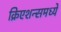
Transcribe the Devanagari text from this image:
क्रिएशन्समध्ये